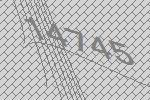
14745